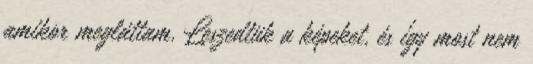
amikor megláttam. Leszedtük a képeket, és így most nem